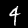
Digit: 4